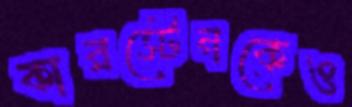
কারস্টেনকেও